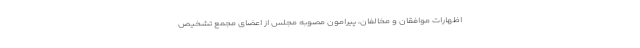
اظهارات موافقان و مخالفان، پیرامون مصوبه مجلس از اعضای مجمع تشخیص